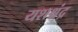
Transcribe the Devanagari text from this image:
यशश्चंद्र